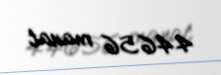
44656 manat